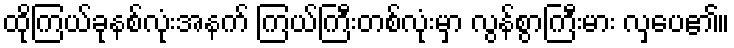
ထိုကြယ်ခုနစ်လုံးအနက် ကြယ်ကြီးတစ်လုံးမှာ လွန်စွာကြီးမား လှပေ၏။